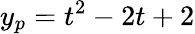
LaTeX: y_{p}=t^{2}-2t+2